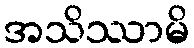
အသိဿာမိ